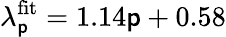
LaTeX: \lambda_{\mathsf{p}}^{\mathrm{{fit}}}=1.14\mathsf{p}+0.58